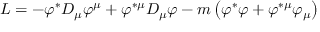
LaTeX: { \cal L } = - \varphi ^ { \ast } D _ { \mu } \varphi ^ { \mu } + \varphi ^ { \ast \mu } D _ { \mu } \varphi - m \left( \varphi ^ { \ast } \varphi + \varphi ^ { \ast \mu } \varphi _ { \mu } \right)